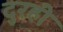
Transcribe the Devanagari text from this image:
दुरही